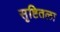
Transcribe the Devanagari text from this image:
सृष्टितला